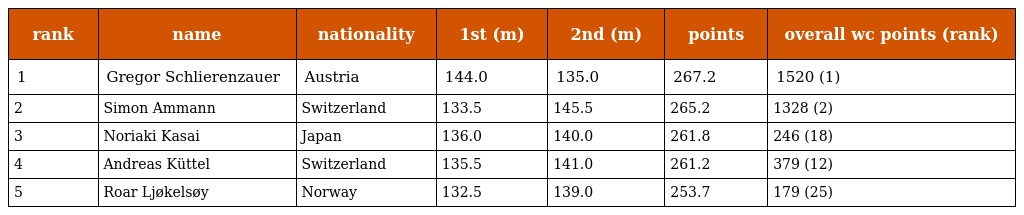
| rank | name | nationality | 1st (m) | 2nd (m) | points | overall wc points (rank) |
 | --- | --- | --- | --- | --- | --- | --- |
 | 1 | Gregor Schlierenzauer | Austria | 144.0 | 135.0 | 267.2 | 1520 (1) |
 | 2 | Simon Ammann | Switzerland | 133.5 | 145.5 | 265.2 | 1328 (2) |
 | 3 | Noriaki Kasai | Japan | 136.0 | 140.0 | 261.8 | 246 (18) |
 | 4 | Andreas Küttel | Switzerland | 135.5 | 141.0 | 261.2 | 379 (12) |
 | 5 | Roar Ljøkelsøy | Norway | 132.5 | 139.0 | 253.7 | 179 (25) |